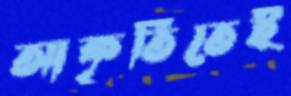
আকৃতিতেই